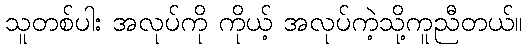
သူတစ်ပါး အလုပ်ကို ကိုယ့် အလုပ်ကဲ့သို့ကူညီတယ်။